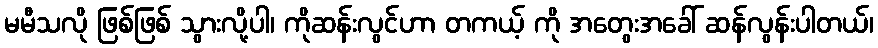
မမီသလို ဖြစ်ဖြစ် သွားလို့ပါ၊ ကိုဆန်းလွင်ဟာ တကယ့် ကို အတွေးအခေါ် ဆန်လွန်းပါတယ်၊